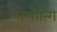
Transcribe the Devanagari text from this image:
सलौत्गि